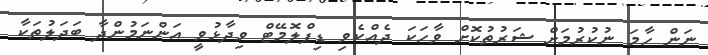
ނަން ހާމަ ނުކުރުމަށް ޝަރުތުކޮށް ވާހަކަ ދެއްކެވި ޑިޕްލޮމޭޓް ވިދާޅުވީ އަންނަމުންދާ ބަދަލުތަކާ